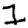
Digit: 1